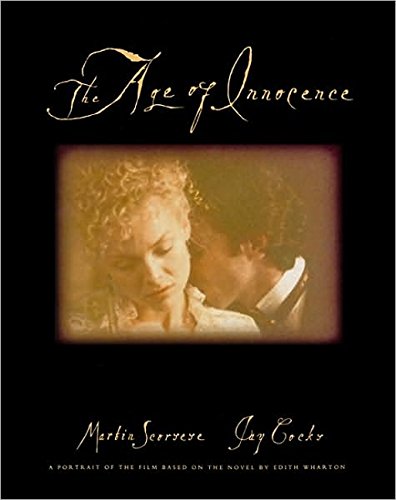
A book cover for The Age of Innocence: A Portrait of the Film Based on the Novel by Edith Wharton (Pictorial Moviebook); Martin Scorsese; Humor & Entertainment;